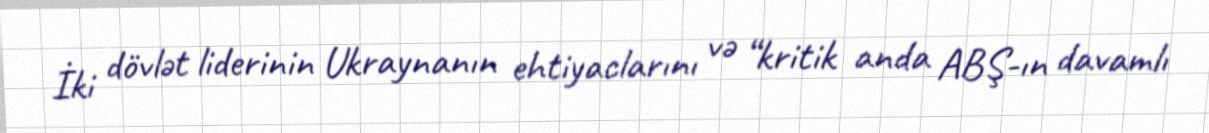
İki dövlət liderinin Ukraynanın ehtiyaclarını və “kritik anda ABŞ-ın davamlı